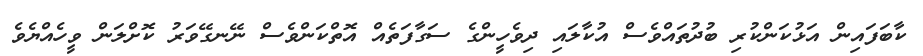
ކާބަފައިން އަޅުކަންކުރި ބުދުތައްވެސް އުކާލައި ދިވެހީންގެ ސަގާފަތެއް އޮތްކަންވެސް ނޭނގޭވަރު ކޮށްލަން ވީހެއްޔެވެ